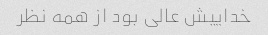
خداییش عالی بود از همه نظر